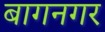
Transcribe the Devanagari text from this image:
बागनगर